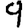
Digit: 9